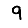
Digit: 9